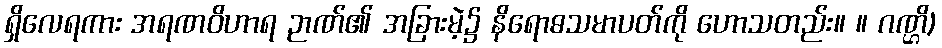
ရှိလေရကား အရဏဝိဟာရ ဉာဏ်၏ အခြားမဲ့၌ နိရောဓသမာပတ်ကို ဟောသတည်း။ ။ ဂဏ္ဌိ)